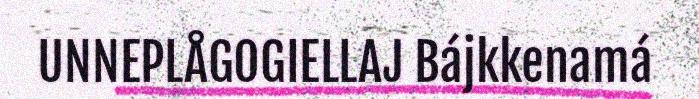
UNNEPLÅGOGIELLAJ Bájkkenamá